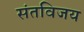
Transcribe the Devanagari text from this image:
संतविजय